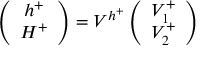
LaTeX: \left( \begin{array} { c } { { h ^ { + } } } \\ { { H ^ { + } } } \end{array} \right) = { \cal V } ^ { h ^ { + } } \left( \begin{array} { c } { { V _ { 1 } ^ { + } } } \\ { { V _ { 2 } ^ { + } } } \end{array} \right)